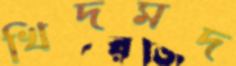
খিদমদ